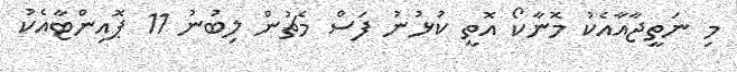
މި ނަތީޖާއާއެކު މޮނާކޯ އޮތީ ކުޅުނު ފަސް މެޗުން ލިބުނު 11 ޕޮއިންޓާއެކު